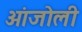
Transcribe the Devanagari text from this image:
आंजोली